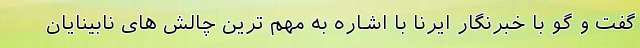
گفت و گو با خبرنگار ایرنا با اشاره به مهم ترین چالش های نابینایان